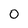
Character: 0